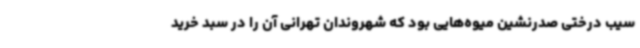
سیب درختی صدرنشین میوه‌هایی بود که شهروندان تهرانی آن را در سبد خرید